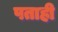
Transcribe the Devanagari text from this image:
पताही